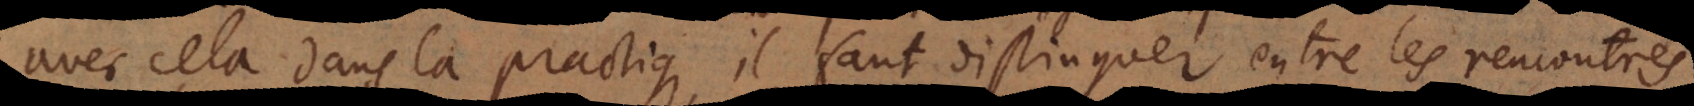
avec cela dans la practique, il faut distinguer entre les resolution